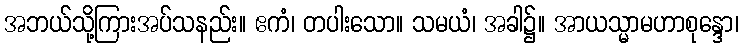
အဘယ်သို့ကြားအပ်သနည်း။ ဧကံ၊ တပါးသော။ သမယံ၊ အခါ၌။ အာယသ္မာမဟာစုန္ဒော၊